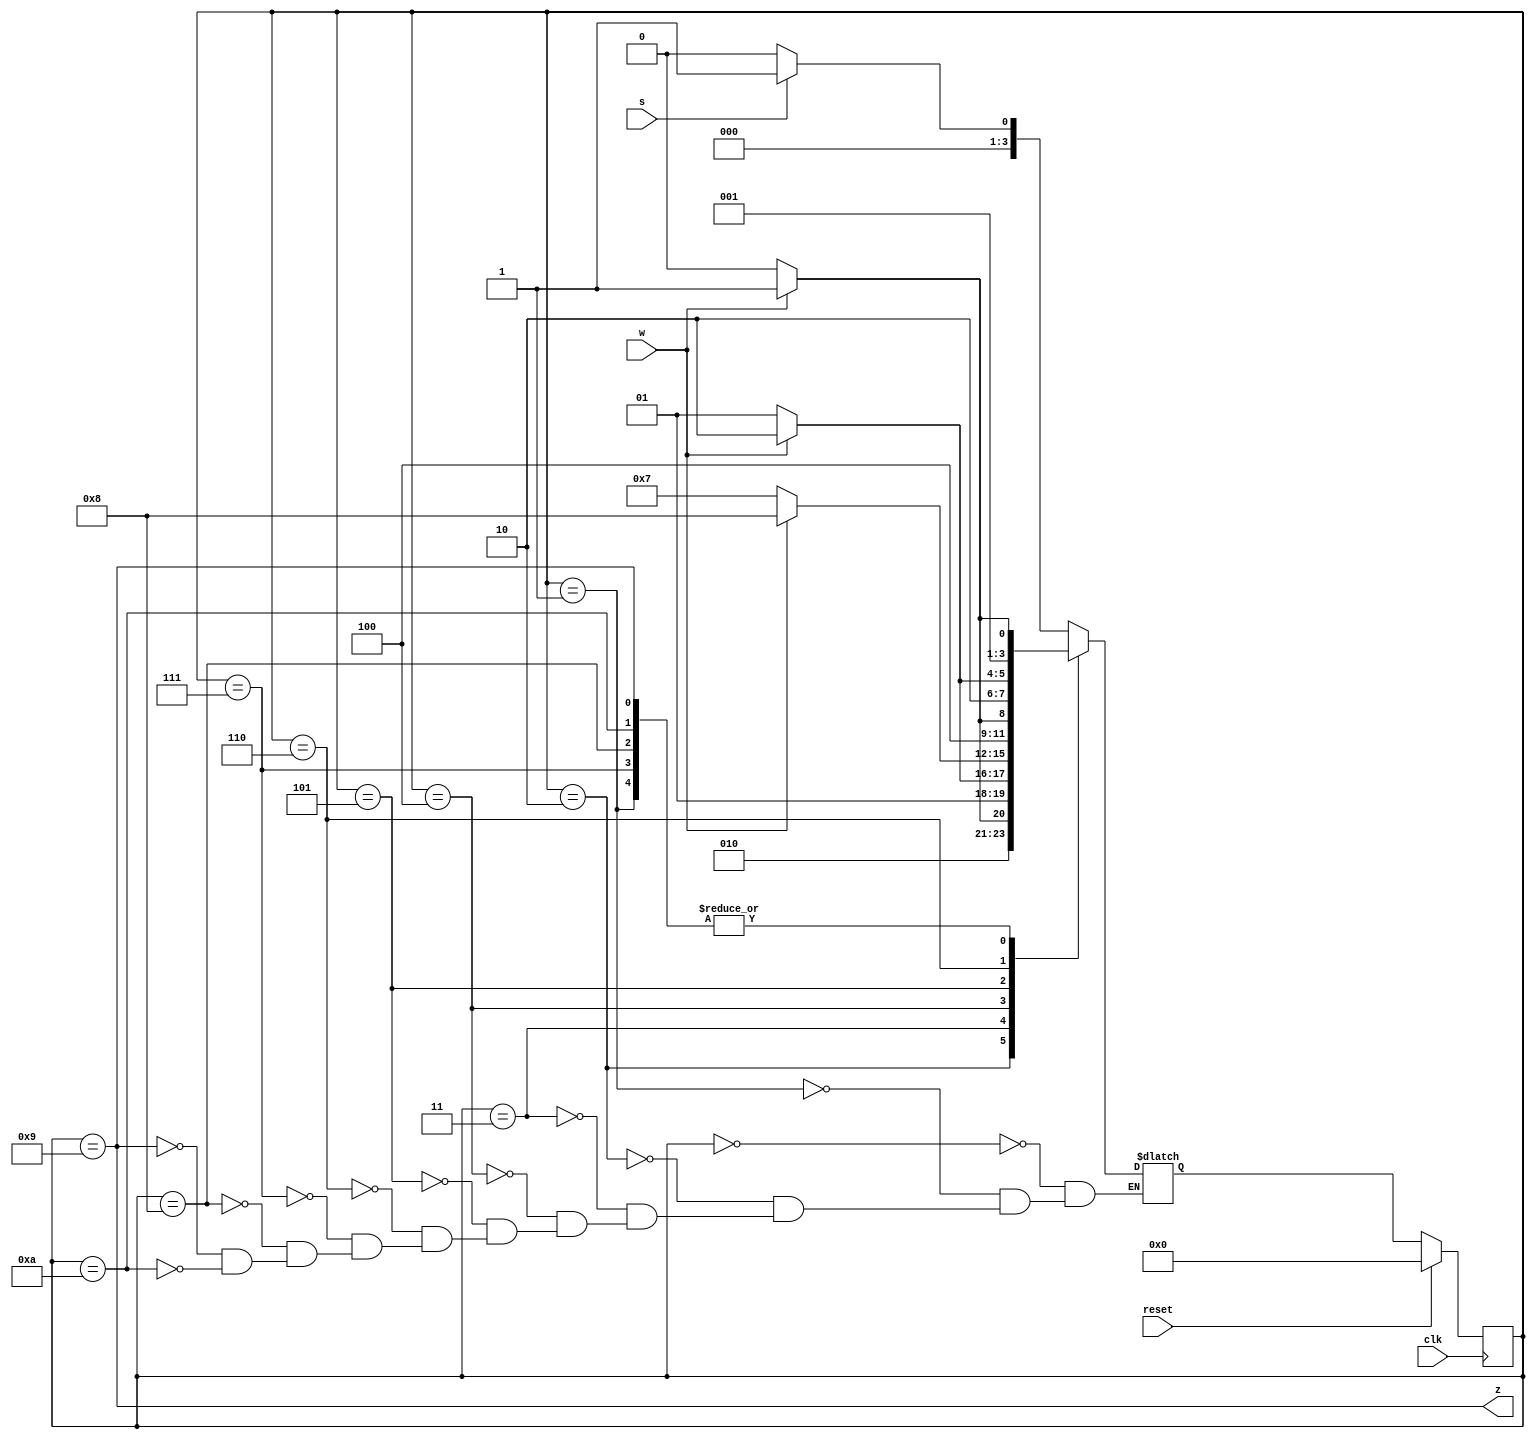
module top_module (
    input clk,
    input reset,   // Synchronous reset
    input s,
    input w,
    output z
);
    parameter [3:0] sa=0, sb=1, s0=2, s1=3, s00=4,
    				s01=5, s11=6, s000=7, s001=8, s011=9, s111=10;
    reg [3:0] state,next;
    always@(*) begin
        case(state)
            sa  : next = s ? sb  : sa  ;
            sb  : next = w ? s1  : s0  ;
            s0  : next = w ? s01 : s00 ; 
            s1  : next = w ? s11 : s01 ;
            s00 : next = w ? s001: s000;
            s01 : next = w ? s011: s001;
            s11 : next = w ? s111: s011;
            s000: next = w ? s1  : s0  ;
            s001: next = w ? s1  : s0  ;
            s011: next = w ? s1  : s0  ;
            s111: next = w ? s1  : s0  ;
        endcase
    end
    always@(posedge clk) begin
        if(reset) state <= sa;
        else state <=  next;
    end
    assign z = (state==s011);
            
endmodule